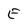
Character: E